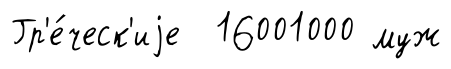
Гр'е́ческ'иjе 16001000 муж